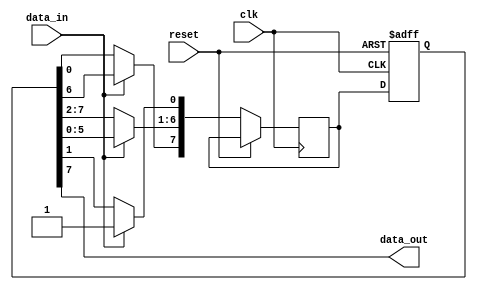
module SISO_shift_register(
    input wire clk, // Clock input
    input wire reset, // Reset input
    input wire data_in, // Serial data input
    output wire data_out // Serial data output
);

reg [7:0] shift_reg; // 8-bit shift register
reg [7:0] next_data; // Next data to be shifted in

always @(posedge clk or posedge reset) begin
    if(reset) begin
        shift_reg <= 8'b0; // Reset shift register
    end else begin
        if(data_in) begin
            next_data[7:1] <= shift_reg[6:0]; // Shift data left
            next_data[0] <= data_in; // Shift in new data
            shift_reg <= next_data; // Update shift register
        end else begin
            next_data[0:6] <= shift_reg[1:7]; // Shift data right
            next_data[7] <= shift_reg[0]; // Shift in new data
            shift_reg <= next_data; // Update shift register
        end
    end
end

assign data_out = shift_reg[7]; // Output data from MSB of shift register

endmodule